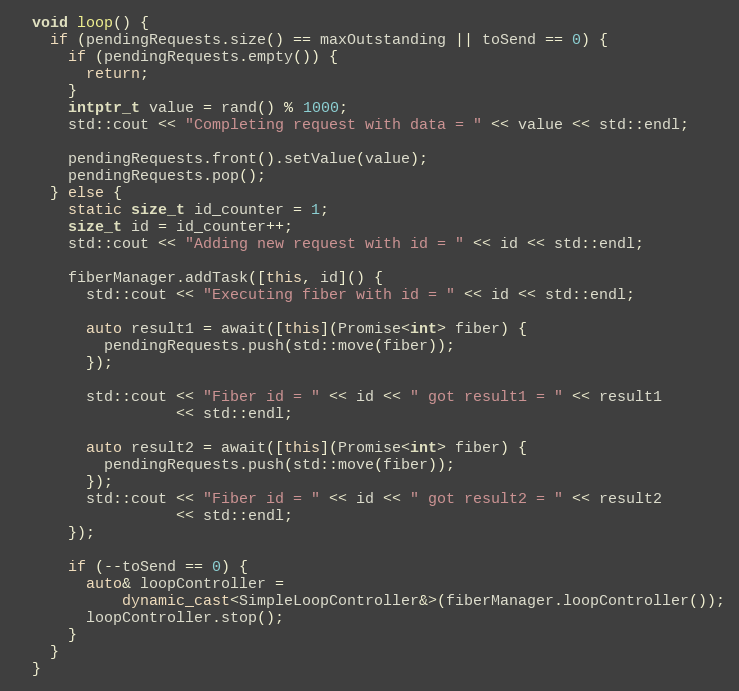
Language: C++
  void loop() {
    if (pendingRequests.size() == maxOutstanding || toSend == 0) {
      if (pendingRequests.empty()) {
        return;
      }
      intptr_t value = rand() % 1000;
      std::cout << "Completing request with data = " << value << std::endl;

      pendingRequests.front().setValue(value);
      pendingRequests.pop();
    } else {
      static size_t id_counter = 1;
      size_t id = id_counter++;
      std::cout << "Adding new request with id = " << id << std::endl;

      fiberManager.addTask([this, id]() {
        std::cout << "Executing fiber with id = " << id << std::endl;

        auto result1 = await([this](Promise<int> fiber) {
          pendingRequests.push(std::move(fiber));
        });

        std::cout << "Fiber id = " << id << " got result1 = " << result1
                  << std::endl;

        auto result2 = await([this](Promise<int> fiber) {
          pendingRequests.push(std::move(fiber));
        });
        std::cout << "Fiber id = " << id << " got result2 = " << result2
                  << std::endl;
      });

      if (--toSend == 0) {
        auto& loopController =
            dynamic_cast<SimpleLoopController&>(fiberManager.loopController());
        loopController.stop();
      }
    }
  }